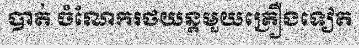
បាត់ ចំណែករថយន្តមួយគ្រឿងទៀត